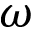
\omega